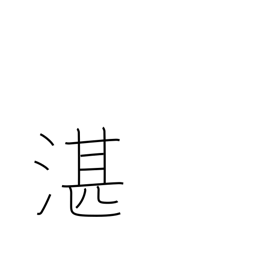
Meaning: deep